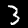
Label: 3